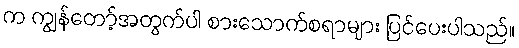
က ကျွန်တော့်အတွက်ပါ စားသောက်စရာများ ပြင်ပေးပါသည်။